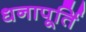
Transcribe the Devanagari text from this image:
धनापूर्ति